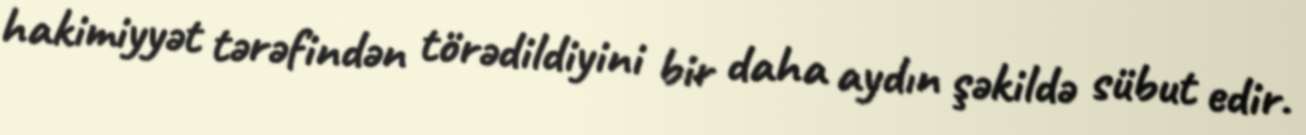
hakimiyyət tərəfindən törədildiyini bir daha aydın şəkildə sübut edir.